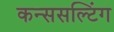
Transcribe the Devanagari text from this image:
कन्ससल्टिंग